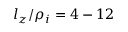
l _ { z } / \rho _ { i } = 4 - 1 2